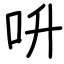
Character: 呏